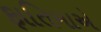
ફાતિમાએ